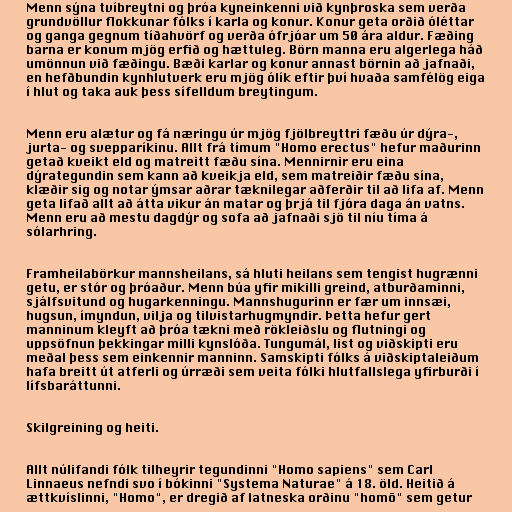
Menn sýna tvíbreytni og þróa kyneinkenni við kynþroska sem verða
grundvöllur flokkunar fólks í karla og konur. Konur geta orðið óléttar
og ganga gegnum tíðahvörf og verða ófrjóar um 50 ára aldur. Fæðing
barna er konum mjög erfið og hættuleg. Börn manna eru algerlega háð
umönnun við fæðingu. Bæði karlar og konur annast börnin að jafnaði,
en hefðbundin kynhlutverk eru mjög ólík eftir því hvaða samfélög eiga
í hlut og taka auk þess sífelldum breytingum.

Menn eru alætur og fá næringu úr mjög fjölbreyttri fæðu úr dýra-,
jurta- og svepparíkinu. Allt frá tímum "Homo erectus" hefur maðurinn
getað kveikt eld og matreitt fæðu sína. Mennirnir eru eina
dýrategundin sem kann að kveikja eld, sem matreiðir fæðu sína,
klæðir sig og notar ýmsar aðrar tæknilegar aðferðir til að lifa af. Menn
geta lifað allt að átta vikur án matar og þrjá til fjóra daga án vatns.
Menn eru að mestu dagdýr og sofa að jafnaði sjö til níu tíma á
sólarhring.

Framheilabörkur mannsheilans, sá hluti heilans sem tengist hugrænni
getu, er stór og þróaður. Menn búa yfir mikilli greind, atburðaminni,
sjálfsvitund og hugarkenningu. Mannshugurinn er fær um innsæi,
hugsun, ímyndun, vilja og tilvistarhugmyndir. Þetta hefur gert
manninum kleyft að þróa tækni með rökleiðslu og flutningi og
uppsöfnun þekkingar milli kynslóða. Tungumál, list og viðskipti eru
meðal þess sem einkennir manninn. Samskipti fólks á viðskiptaleiðum
hafa breitt út atferli og úrræði sem veita fólki hlutfallslega yfirburði í
lífsbaráttunni.

Skilgreining og heiti.

Allt núlifandi fólk tilheyrir tegundinni "Homo sapiens" sem Carl
Linnaeus nefndi svo í bókinni "Systema Naturae" á 18. öld. Heitið á
ættkvíslinni, "Homo", er dregið af latneska orðinu "homō" sem getur